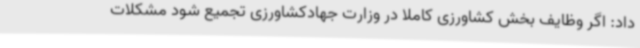
داد: اگر وظایف بخش کشاورزی کاملا در وزارت جهادکشاورزی تجمیع شود مشکلات